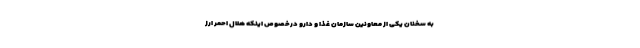
به سخنان یکی از معاونین سازمان غذا و دارو درخصوص اینکه هلال احمر ارز